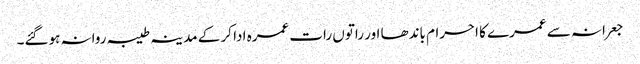
جعرانہ سے عمرے کا احرام باندھا اور راتوں رات عمرہ ادا کر کے مدینہ طیبہ روانہ ہوگئے۔